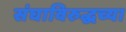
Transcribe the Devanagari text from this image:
संघाविरुद्धच्या